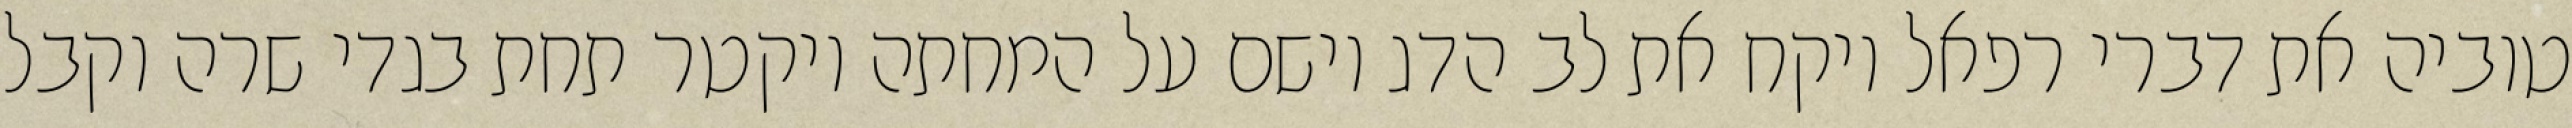
טוביה את דברי רפאל ויקח את לב הדג וישם על המחתה ויקטר תחת בגדי שרה וקבל